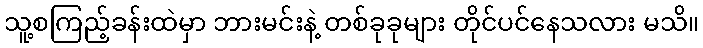
သူ့စကြည့်ခန်းထဲမှာ ဘားမင်းနဲ့ တစ်ခုခုများ တိုင်ပင်နေသလား မသိ။